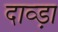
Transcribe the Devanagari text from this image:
दाव्ड़ा